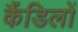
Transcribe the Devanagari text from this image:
कैंडिलों